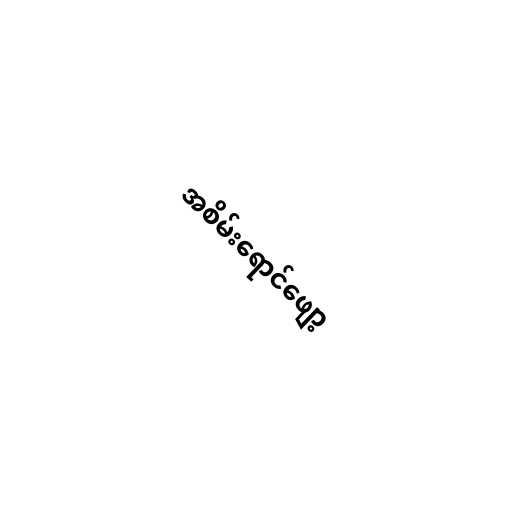
အစိမ်းရောင်ဖျော့